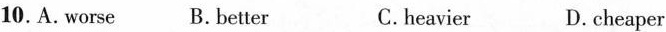
10.A.Worse B.Better C.heavier D.cheaper